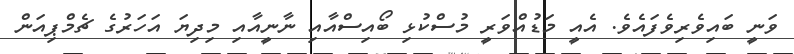
ވަނީ ބައިވެރިވެފައެވެ. އެއީ މަޑުއްވަރީ މުސްކުޅި ބޯއިސްއާއި ނާނީއާއި މިދިޔަ އަހަރުގެ ޗެމްޕިއަން